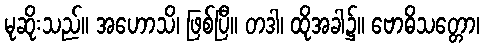
မုဆိုးသည်။ အဟောသိ၊ ဖြစ်ပြီ။ တဒါ၊ ထိုအခါ၌။ ဗောဓိသတ္တော၊